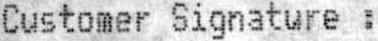
CUSTOMER SIGNATURE :